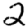
Digit: 2